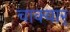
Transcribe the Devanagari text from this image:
चाक्यार्